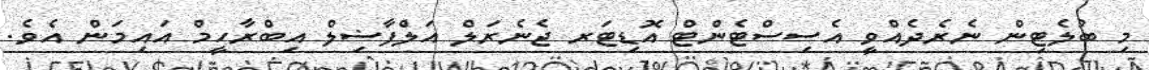
މި ބުލެޓިން ނެރެދެއްވީ އެސިސްޓެންޓް އޮޑިޓަރ ޖެނެރަލް އަލްފާޟިލް އިބްރާހީމް އައިމަން އެވެ.